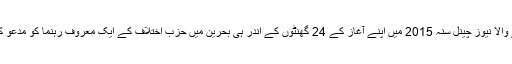
لیکن بحرین میں قائم کیا جانے والا نیوز چینل سنہ 2015 میں اپنے آغاز کے 24 گھنٹوں کے اندر ہی بحرین میں حزب اختلاف کے ایک معروف رہنما کو مدعو کرنے کے سبب بند کر دیا گیا۔